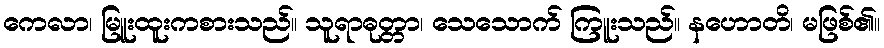
ကေလာ၊ မြူးထူးကစားသည်။ သူရာဓုတ္တာ၊ သေသောက် ကြူးသည်။ နဟောတိ၊ မဖြစ်၏။